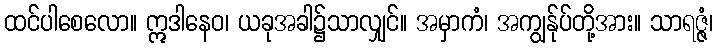
ထင်ပါစေလော။ ဣဒါနေဝ၊ ယခုအခါ၌သာလျှင်။ အမှာကံ၊ အကျွန်ုပ်တို့အား။ သာရဇ္ဇံ၊